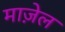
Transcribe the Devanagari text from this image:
माज़ेल